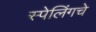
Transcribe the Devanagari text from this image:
स्पेलिंगचे